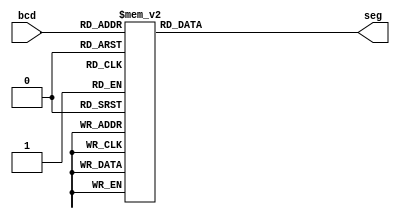
module bcd_7segment ( bcd , seg );
  
  input   [3:0] bcd ;//the input to decoder
  output reg [6:0] seg; 
  
  always @ (bcd)
  begin 
  case(bcd)
  // the decoded data out to 7 segment  
 0 : seg = 7'b0000001;
 1: seg = 7'b1001111;
 2: seg = 7'b0010010;
 3: seg = 7'b0000110;
 4: seg = 7'b1001100;
 5: seg = 7'b0100100;
 6: seg = 7'b0100000;
 7: seg = 7'b0001111;
 8: seg = 7'b0000000;
 9: seg = 7'b0000100;
 10 : seg =7'b0001000; // letter a
 11: seg = 7'b1100000;// letter b 
 12 : seg = 7'b0110001;// letter c 
 
 default : seg = 7'b1111111;// 7 segment is off
endcase
end 
endmodule